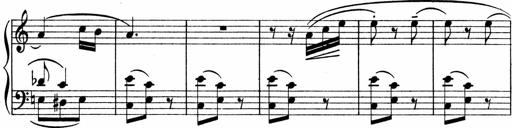
Title: Sonatina No.1
Composer: Otto Stoll
Key: C major